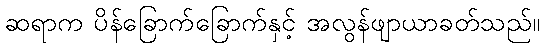
ဆရာက ပိန်ခြောက်ခြောက်နှင့် အလွန်ဖျာယာခတ်သည်။